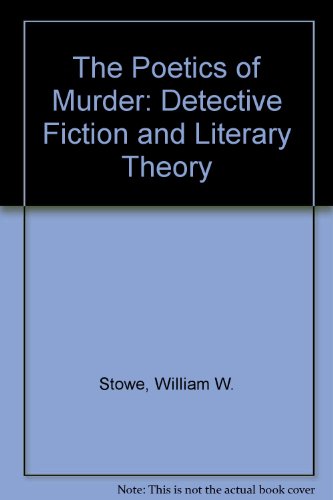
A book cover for The Poetics of Murder: Detective Fiction and Literary Theory; Mystery, Thriller & Suspense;